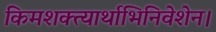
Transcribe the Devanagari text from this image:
किमशक्त्यार्थाभिनिवेशेन।